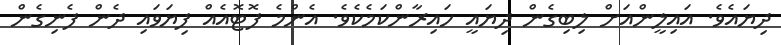
ދިޔައެވެ. އައިލީންއަށް ލިބިގެން ދިޔައީ ހައިރާންކަމެކެވެ. އެންމެ ފޮޓޮއެއް ފިޔަވައި ދެން ފެނިގެން